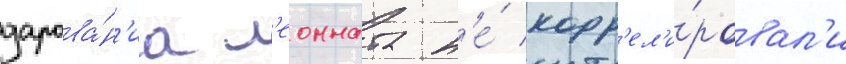
дарова́н'иа л'еонната н'е́ корр'ел'и́ровал'и